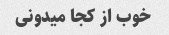
خوب از کجا میدونی